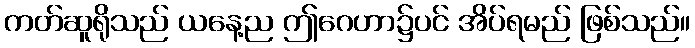
ကတ်ဆူရိုသည် ယနေ့ည ဤဂေဟာ၌ပင် အိပ်ရမည် ဖြစ်သည်။